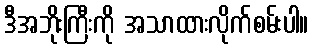
ဒီအဘိုးကြီးကို အသာထားလိုက်စမ်းပါ။